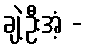
ချဲ့ဦးအံ့ -